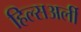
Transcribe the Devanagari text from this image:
हिल्सअर्ली